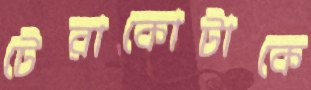
টেরাকোটাকে